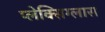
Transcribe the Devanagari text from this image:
प्लेक्सिग्लास